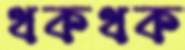
থকথক